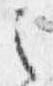
之